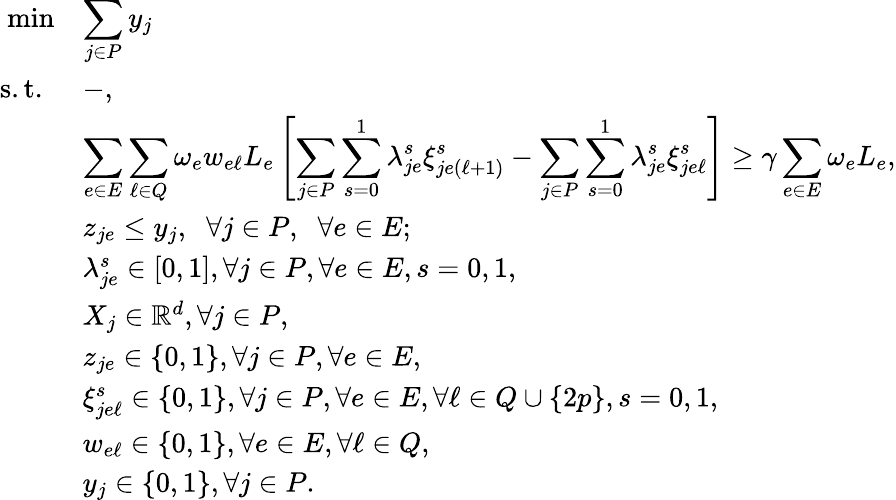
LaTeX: \begin{array}{rl}{\operatorname*{min}}&{\displaystyle\sum_{j\in P}y_{j}}\\ {\mathrm{s.t.~}}&{-,}\\ &{\displaystyle\sum_{e\in E}\displaystyle\sum_{\ell\in Q}\omega_{e}w_{e\ell}L_{e}\left[\displaystyle\sum_{j\in P}\displaystyle\sum_{s=0}^{1}\lambda_{je}^{s}\xi_{je(\ell+1)}^{s}-\displaystyle\sum_{j\in P}\displaystyle\sum_{s=0}^{1}\lambda_{je}^{s}\xi_{je\ell}^{s}\right]\geq\gamma\displaystyle\sum_{e\in E}\omega_{e}L_{e},}\\ &{z_{je}\leq y_{j},\; \; \forall j\in P,\; \; \forall e\in E;}\\ &{\lambda_{je}^{s}\in[0,1],\forall j\in P,\forall e\in E,s=0,1,}\\ &{X_{j}\in\mathbb{R}^{d},\forall j\in P,}\\ &{z_{je}\in\{ 0,1\} ,\forall j\in P,\forall e\in E,}\\ &{\xi_{je\ell}^{s}\in\{ 0,1\} ,\forall j\in P,\forall e\in E,\forall\ell\in Q\cup\{ 2p\} ,s=0,1,}\\ &{w_{e\ell}\in\{ 0,1\} ,\forall e\in E,\forall\ell\in Q,}\\ &{y_{j}\in\{ 0,1\} ,\forall j\in P.}\end{array}